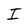
Character: I